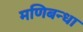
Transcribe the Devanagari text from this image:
मणिबन्धा